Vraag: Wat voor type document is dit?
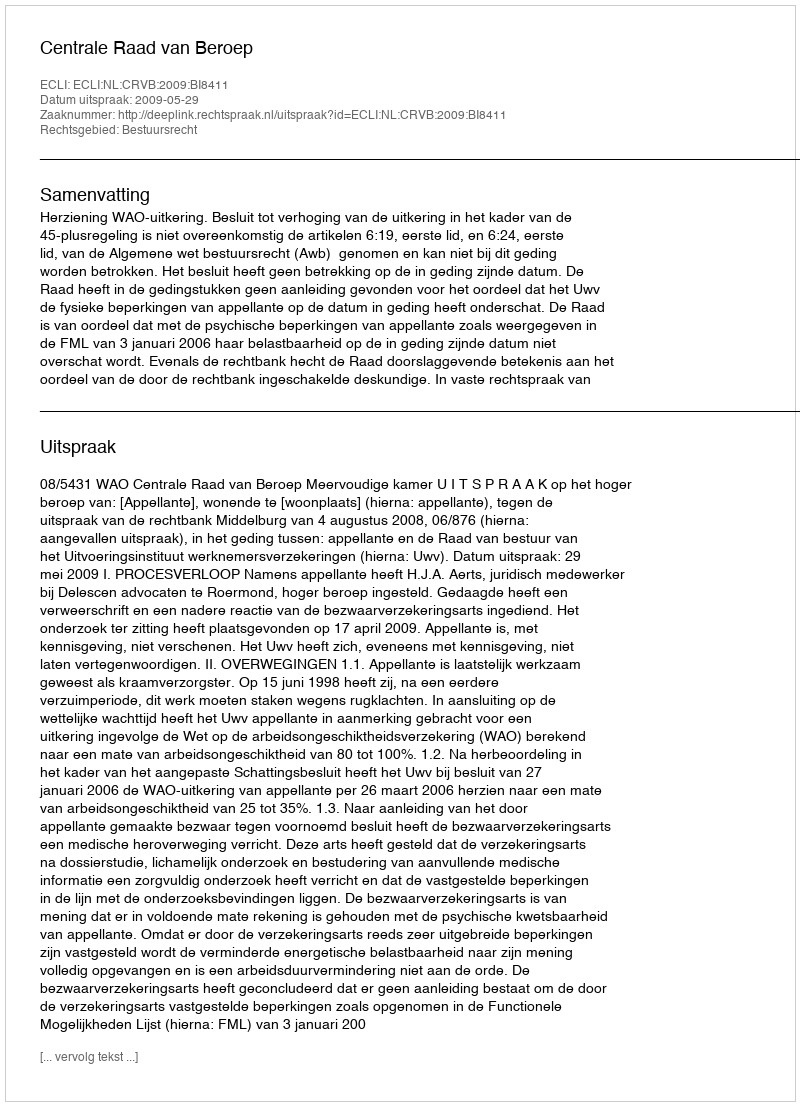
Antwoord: Uitspraak